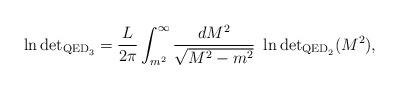
LaTeX: \begin{align*}\ln \mbox{det}_{{\mbox{\scriptsize{QED}}_3}} = \frac{L}{2\pi} \int^\infty_{m^2}\frac{dM^2}{\sqrt{M^2 - m^2}}\ \ln \mbox{det}_{{\mbox{\scriptsize{QED}}_2}} (M^2), \end{align*}